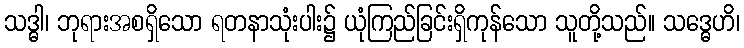
သဒ္ဓါ၊ ဘုရားအစရှိသော ရတနာသုံးပါး၌ ယုံကြည်ခြင်းရှိကုန်သော သူတို့သည်။ သဒ္ဓေဟိ၊